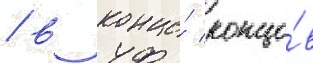
/ в конце́ концо́в